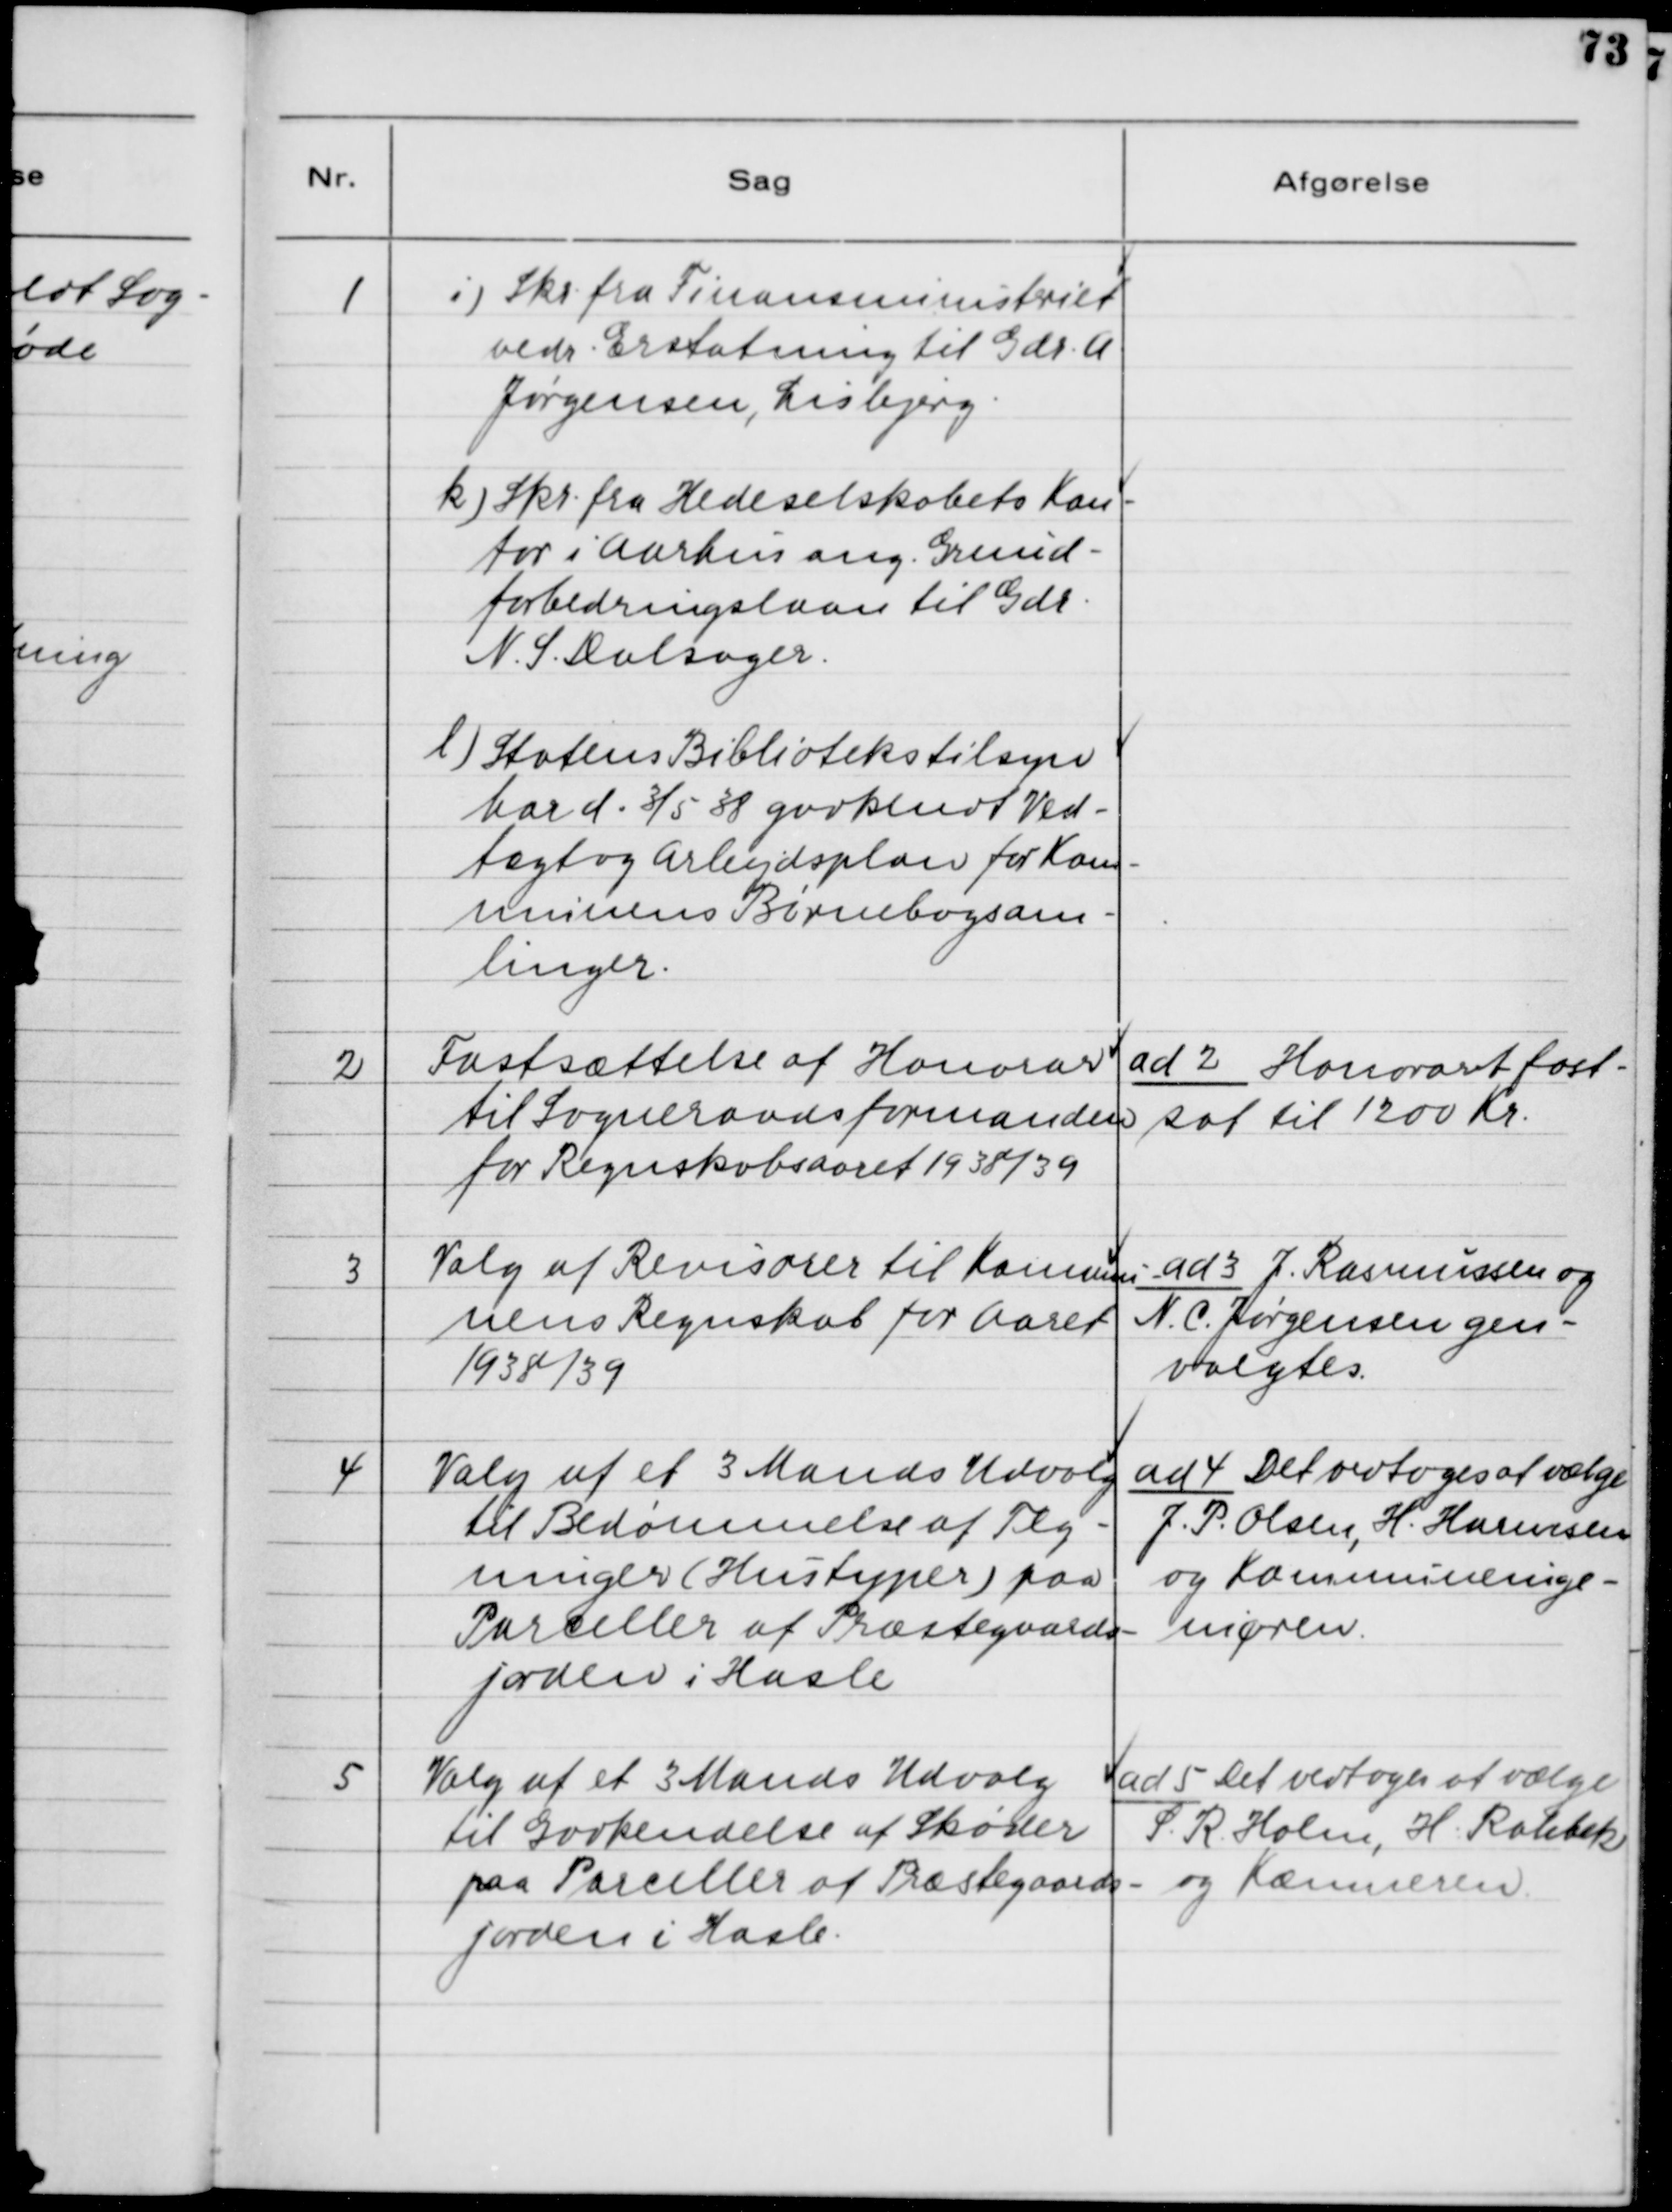
Transskription:
1. i) Skr. fra Finansministeriet
vedr. Erstatning til Gdr. A.
Jørgensen, Lisbjerg.
k) Skr. fra Hedeselskabets Kon-
tor i Aarhus ang. Grund-
forbedringslaan til Gdr.
N. L. Dalsager.
l) Statens Bibliotekstilsyn
har d. 3/5 38 godkendt Ved-
tægt og Arbejdsplan for Kom-
munens Børnebogsam-
linger.

2. Fastsættelse af Honorar
til Sogneraadsformanden
for Regnskabsaaret 1938/39.

ad 2. Honoraret fast-
sat til 1200 Kr.

3. Valg af Revisorer til Kommu-
nens Regnskab for Aaret
1938/39

ad 3. J. Rasmussen og
N. C. Jørgensen gen-
valgtes.

4. Valg af et 3 Mands Udvalg
til Bedømmelse af Teg-
ninger (Hustyper) paa
Paceller af Præstegaards-
jorden i Hasle.

ad 4. Det vedtoges at vælge
J. P. Olsen, H. Harmsen
og Kommuneinge-
niøren.

5. Valg af et 3 Mands Udvalg
til Godkendelse af Skøder
paa Parcellerne af Præstegaards-
jorden i Hasle.

ad 5. Det vedtoges at vælge
S. R. Holm, H. Rahbek
og Kæmneren.